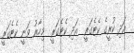
އަދި ކުރީގެ ކެޓެގަރީ  އަދި ކެޓެގަރީ  މިހާރު ވަނީ ކެޓެގަރީ